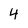
Character: 4